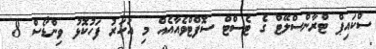
ސްކައިޕް ޓްރާންސްލޭޓް ގެ ޓެސްޓް ސޮފްޓްވެއާއެއް މި އަހަރު ފަހުކޮޅު ވިންޑޯސް 8